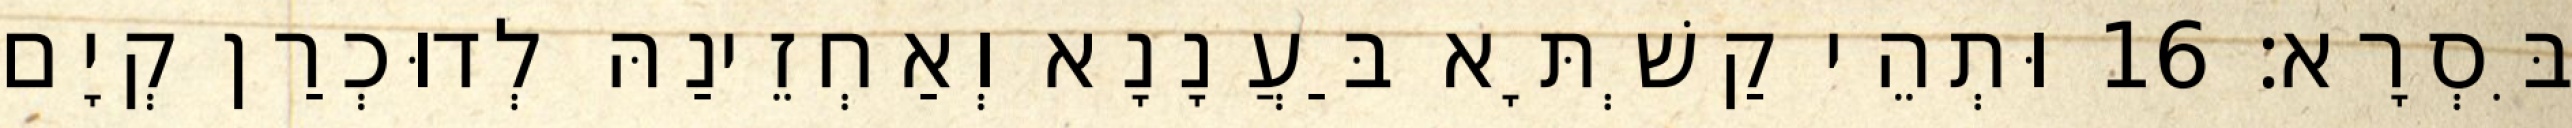
בִּסְרָא׃ 16 וּתְהֵי קַשְׁתָּא בַּעֲנָנָא וְאַחְזֵינַהּ לְדוּכְרַן קְיָם